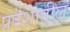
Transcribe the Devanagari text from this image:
प्रदॆशातील